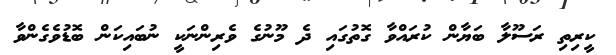
ކީރިތި ރަސޫލާ ބަޔާން ކުރައްވާ ގޮތުގައި ދެ މޫނުގެ ވެރިންނަކީ ނުބައިކަން ބޮޑުވެގެންވާ